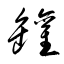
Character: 罐